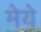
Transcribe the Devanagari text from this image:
मेये